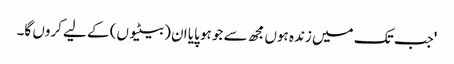
'جب تک میں زندہ ہوں مجھ سے جو ہو پایا ان (بیٹیوں) کے لیے کروں گا۔